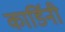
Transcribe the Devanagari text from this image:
कार्डिनी